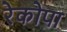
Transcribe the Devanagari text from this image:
रेकोपा